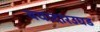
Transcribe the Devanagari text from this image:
बयादारउघड